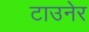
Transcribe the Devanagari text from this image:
टाउनेर